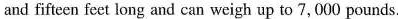
and fifteen feet long and can weigh up to 7,000 pounds.